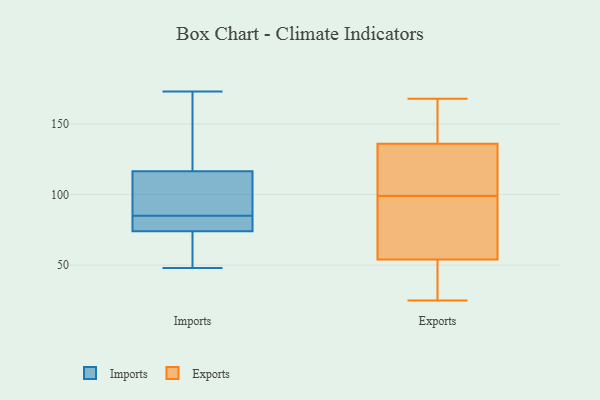
{"axis": {"x": "Humidity (%)", "y": "Value"}, "legend": ["Exports", "Imports"], "data": [{"x": "", "y": 103, "type": "Imports"}, {"x": "", "y": 73, "type": "Imports"}, {"x": "", "y": 85, "type": "Imports"}, {"x": "", "y": 173, "type": "Imports"}, {"x": "", "y": 77, "type": "Imports"}, {"x": "", "y": 117, "type": "Imports"}, {"x": "", "y": 85, "type": "Imports"}, {"x": "", "y": 52, "type": "Imports"}, {"x": "", "y": 48, "type": "Imports"}, {"x": "", "y": 115, "type": "Imports"}, {"x": "", "y": 161, "type": "Imports"}, {"x": "", "y": 151, "type": "Exports"}, {"x": "", "y": 44, "type": "Exports"}, {"x": "", "y": 136, "type": "Exports"}, {"x": "", "y": 168, "type": "Exports"}, {"x": "", "y": 88, "type": "Exports"}, {"x": "", "y": 108, "type": "Exports"}, {"x": "", "y": 33, "type": "Exports"}, {"x": "", "y": 140, "type": "Exports"}, {"x": "", "y": 128, "type": "Exports"}, {"x": "", "y": 104, "type": "Exports"}, {"x": "", "y": 59, "type": "Exports"}, {"x": "", "y": 54, "type": "Exports"}, {"x": "", "y": 62, "type": "Exports"}, {"x": "", "y": 166, "type": "Exports"}, {"x": "", "y": 96, "type": "Exports"}, {"x": "", "y": 102, "type": "Exports"}, {"x": "", "y": 44, "type": "Exports"}, {"x": "", "y": 25, "type": "Exports"}]}